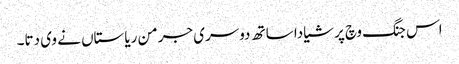
اس جنگ وچ پرشیا دا ساتھ دوسری جرمن ریاستاں نے وی دتا۔